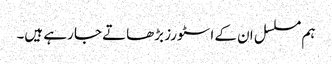
ہم مسلسل ان کے اسٹورز بڑھاتے جا رہے ہیں۔